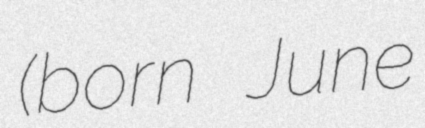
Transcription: (born June